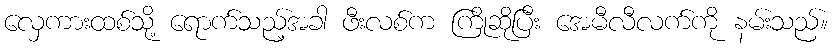
လှေကားထစ်သို့ ရောက်သည့်အခါ ဖီးလစ်က ကြိုဆိုပြီး အေမီလီလက်ကို နမ်းသည်။